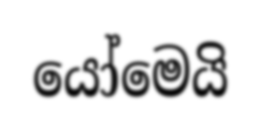
යෝමෙයි